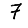
Digit: 7